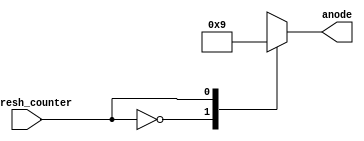
`timescale 1ns / 1ps

module anode_control(
    input refresh_counter, //10khz
    output reg [1:0] anode
    );
    
    always@(refresh_counter)begin
        case (refresh_counter)
            1'b0: anode = 2'b10; //cyfra po prawej
            1'b1: anode = 2'b01; //cyfra po lewej
        endcase
    end
endmodule